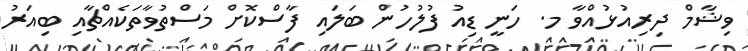
ވިޝާމް ދިރިއުޅުއްވާ މ. ހަނީ ޑިއު ފުލުހުން ބަލައި ފާސްކޮށް މަސްތުވާތަކެއްޗާއި ބިއަރު